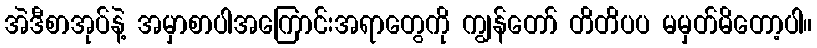
အဲဒီစာအုပ်နဲ့ အမှာစာပါအကြောင်းအရာတွေကို ကျွန်တော် တိတိပပ မမှတ်မိတော့ပါ။